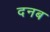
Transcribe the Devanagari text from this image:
दनब